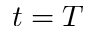
t = T